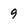
Character: 9